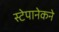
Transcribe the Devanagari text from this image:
स्टेपानेकने